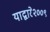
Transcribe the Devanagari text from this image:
याद्वारे२००९